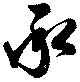
承